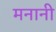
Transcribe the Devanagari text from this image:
मनानी